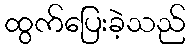
ထွက်ပြေးခဲ့သည်